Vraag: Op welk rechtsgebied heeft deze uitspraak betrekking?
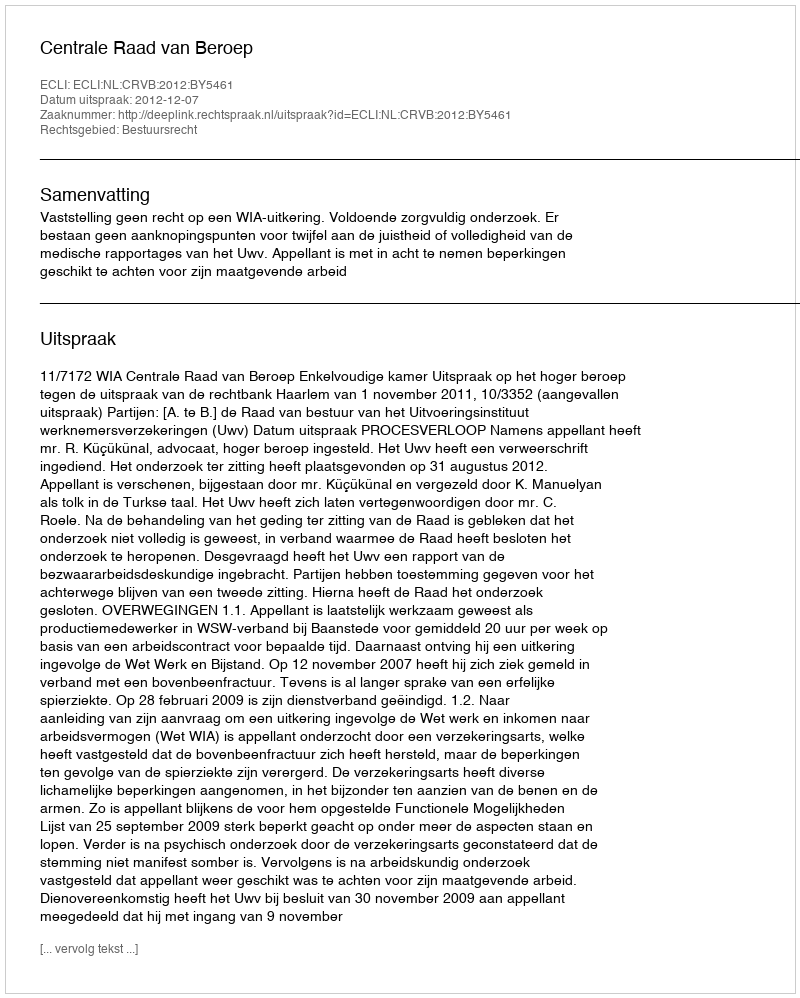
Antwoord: Bestuursrecht